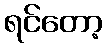
ရင်တော့